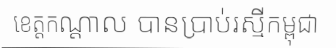
ខេត្តកណ្តាល បានប្រាប់រស្មីកម្ពុជា